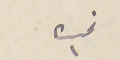
نمره ١